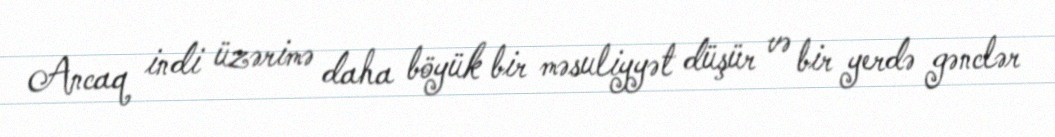
Ancaq indi üzərimə daha böyük bir məsuliyyət düşür və bir yerdə gənclər